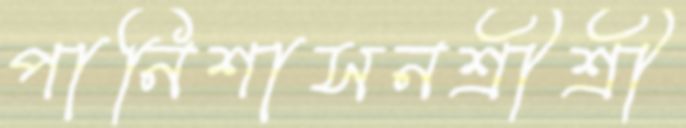
পানিশাসনশ্রীশ্রী